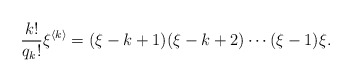
\begin{align*}\frac{k!}{q_k!}\xi^{\langle k \rangle}=(\xi-k+1)(\xi-k+2)\cdots (\xi-1)\xi.\end{align*}